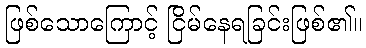
ဖြစ်သောကြောင့် ငြိမ်နေရခြင်းဖြစ်၏။